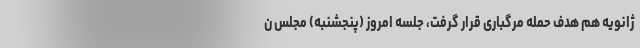
ژانویه هم هدف حمله مرگباری قرار گرفت، جلسه امروز (پنجشنبه) مجلس ن